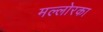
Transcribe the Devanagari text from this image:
मल्लोरका